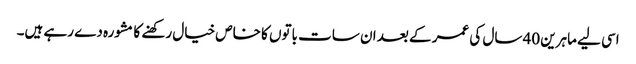
اسی لیے ماہرین 40 سال کی عمر کے بعد ان سات باتوں کا خاص خیال رکھنے کا مشورہ دے رہے ہیں۔